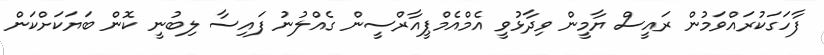
ފާހަގަކުރައްވަމުން ރައީސް ޔާމީން ވިދާޅުވީ އެމްއެމްޕީއާރްސީން ގެއްލުނު ފައިސާ ލިބުނީ ކޮން ބަޔަކަށްކަން